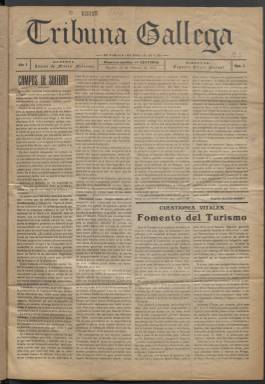
Título: Tribuna gallega
Colección: Periódicos
Ámbito geográfico: Madrid
Lugar de publicación: Madrid
Fechas: 10/02/1914-15/04/1915